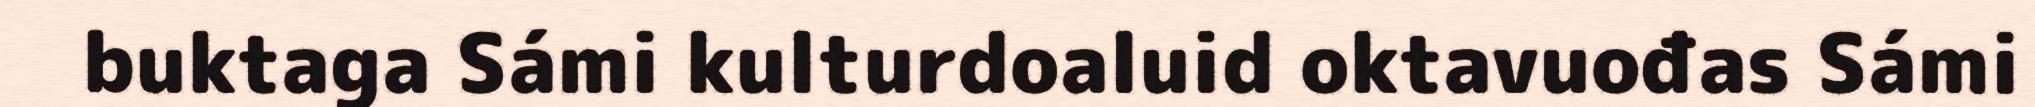
buktaga Sámi kulturdoaluid oktavuođas Sámi